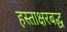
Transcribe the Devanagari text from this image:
हस्ताक्षरबद्ध